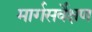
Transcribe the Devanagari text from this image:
मार्गसर्वेक्षण